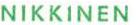
NIKKINEN